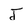
Character: J